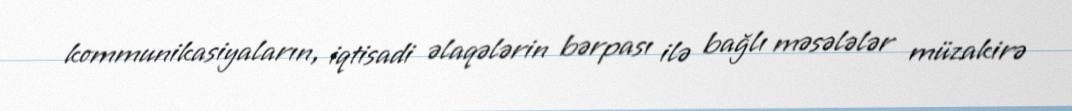
kommunikasiyaların, iqtisadi əlaqələrin bərpası ilə bağlı məsələlər müzakirə